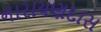
નારાયણદાસ